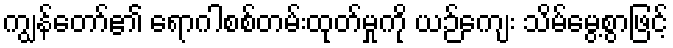
ကျွန်တော်၏ ရောဂါစစ်တမ်းထုတ်မှုကို ယဉ်ကျေး သိမ်မွေ့စွာဖြင့်